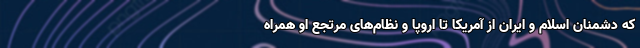
که دشمنان اسلام و ایران از آمریکا تا اروپا و نظام‌های مرتجع او همراه